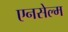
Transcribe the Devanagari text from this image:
एनसेल्म